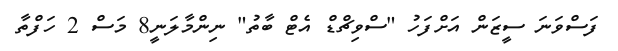
ފަސްވަނަ ސީޒަން އަށްފަހު "ސްވިޗްޑް އެޓް ބާތު" ނިންމާލަނީ8 މަސް 2 ހަފްތާ